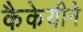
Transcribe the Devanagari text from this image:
कैकेयीने